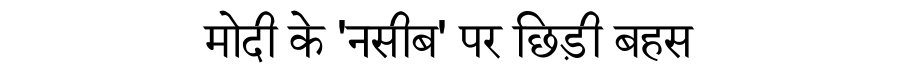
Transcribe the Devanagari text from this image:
मोदी के 'नसीब' पर छिड़ी बहस